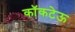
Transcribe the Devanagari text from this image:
कॉकटेऊ